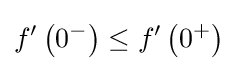
f^{\prime }\left(0^{-}\right)\leq f^{\prime }\left(0^{+}\right)